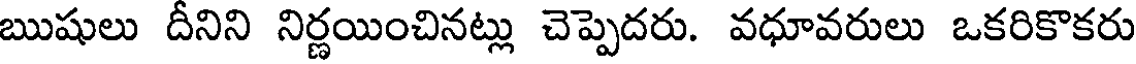
ఋషులు దీనిని నిర్ణయించినట్లు చెప్పెదరు. వధూవరులు ఒకరికొకరు